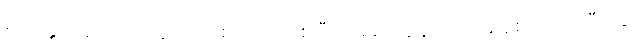
စတဲ့ နှုတ်ခမ်းသံတွေ ထည့်စပ်တာကစပြီး မေခင်ကျွန်တော့်အချစ်တော် ၊ မီးပုံပွဲ ၊